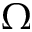
\Omega